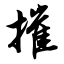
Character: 摧